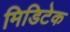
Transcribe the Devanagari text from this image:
मिडिटेक